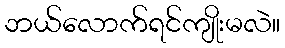
ဘယ်လောက်ရင်ကျိုးမလဲ။